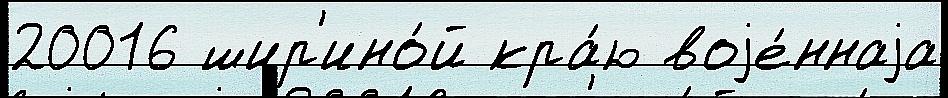
20016 шир'ино́й кра́ю воjе́ннаjа